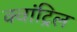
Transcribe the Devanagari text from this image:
क्वांट्रिल